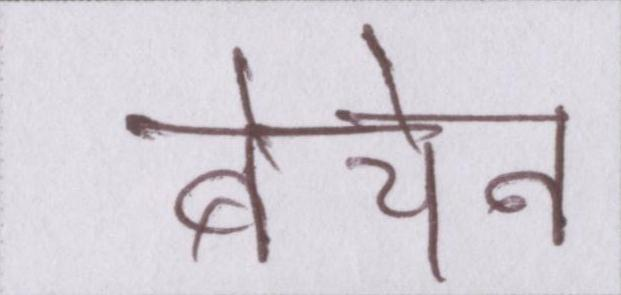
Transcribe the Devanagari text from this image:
बेचने